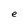
Character: e